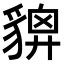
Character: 𧳴